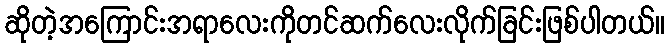
ဆိုတဲ့အကြောင်းအရာလေးကိုတင်ဆက်လေးလိုက်ခြင်းဖြစ်ပါတယ်။